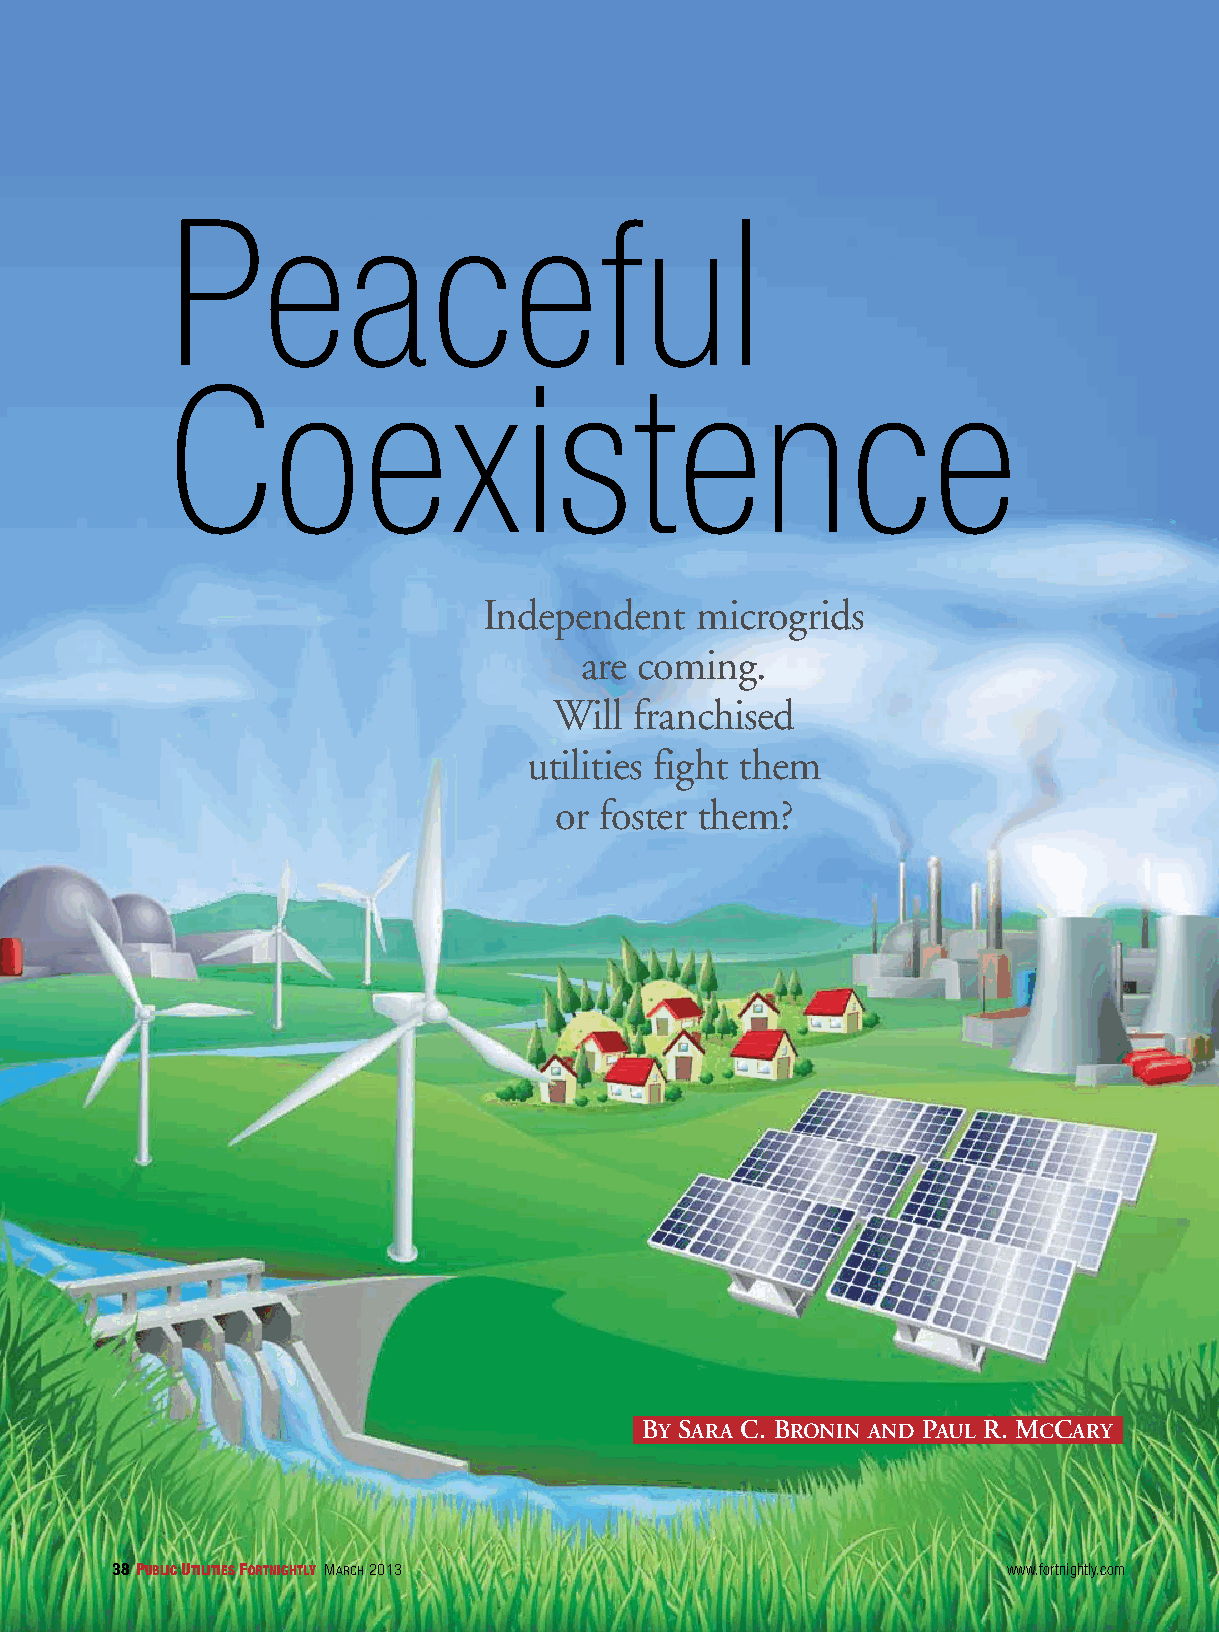
Peaceful
 Coexistence
 Independent   microgrids
 are coming.
 Will franchised
 utilities fight them
 or foster them?
 By Sara C. Bronin and Paul r. MCCary
 38 Public utilities Fortnightly March 2013                  www.fortnightly.com